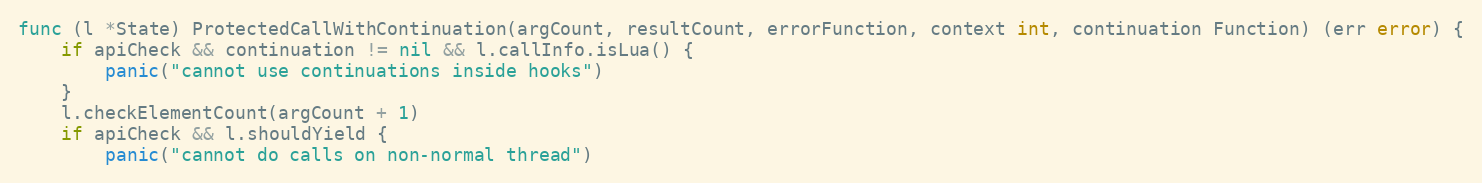
Language: Go
func (l *State) ProtectedCallWithContinuation(argCount, resultCount, errorFunction, context int, continuation Function) (err error) {
	if apiCheck && continuation != nil && l.callInfo.isLua() {
		panic("cannot use continuations inside hooks")
	}
	l.checkElementCount(argCount + 1)
	if apiCheck && l.shouldYield {
		panic("cannot do calls on non-normal thread")